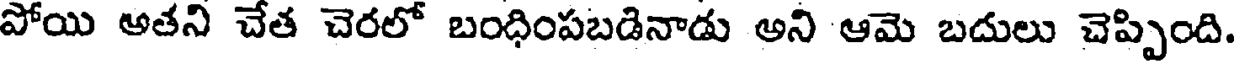
పోయి అతని చేత చెరలో బంధింపబడినాడు అని ఆమె బదులు చెప్పింది.